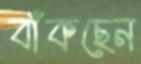
বাঁকছেন